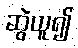
ဆွဲယူ၍